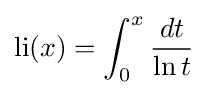
\mathrm {li} (x)=\int _{0}^{x}{\frac {dt}{\ln t}}